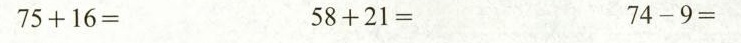
$$7 5 + 1 6 =$$ $$5 8 + 2 1 =$$ $$7 4 - 9 =$$